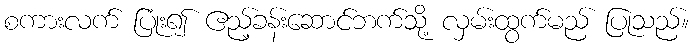
စကားလက် ပြုံး၍ ဧည့်ခန်းဆောင်ဘက်သို့ လှမ်းထွက်မည် ပြုသည်။